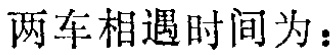
两车相遇时间为：